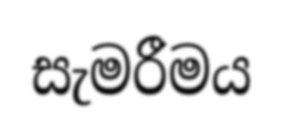
සැමරීමය